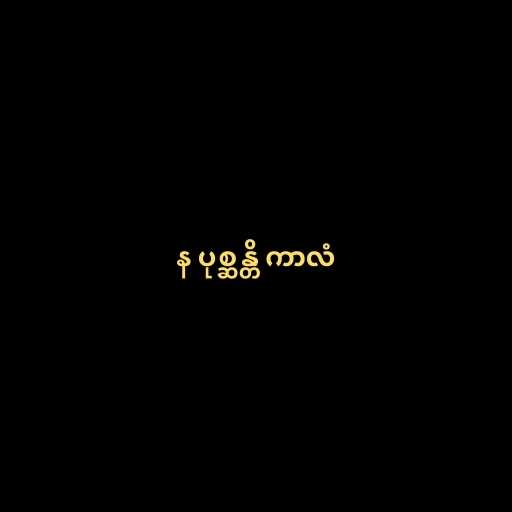
န ပုစ္ဆန္တိ ကာလံ